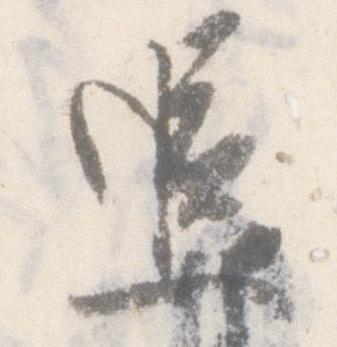
追